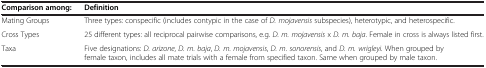
| Comparison among: | Definition |
 | --- | --- |
 | Mating Groups | Three types: conspecific (includes contypic in the case of D. mojavensis subspecies), heterotypic, and heterospecific. |
 | Cross Types | 25 different types: all reciprocal pairwise comparisons, e.g. D. m. mojavensis x D. m. baja. Female in cross is always listed first. |
 | Taxa | Five designations: D. arizone, D. m. baja, D. m. mojavensis, D. m. sonorensis, and D. m. wrigleyi. When grouped by female taxon, includes all mate trials with a female from specified taxon. Same when grouped by male taxon. |